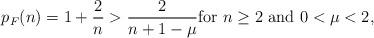
LaTeX: \begin{align*}p_F(n)=1+\frac{2}{n}>\frac{2}{n+1-\mu}\mbox{for $n\ge2$ and $0<\mu<2$},\end{align*}